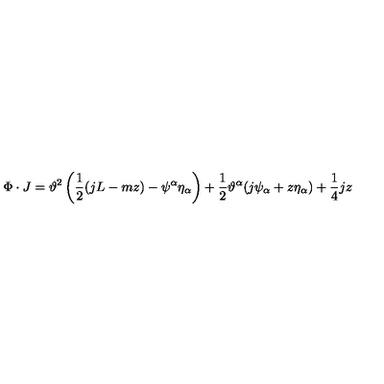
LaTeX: \Phi \cdot J = \vartheta ^ { 2 } \left( \frac { 1 } { 2 } ( j L - m z ) - \psi ^ { \alpha } \eta _ { \alpha } \right) + \frac { 1 } { 2 } \vartheta ^ { \alpha } ( j \psi _ { \alpha } + z \eta _ { \alpha } ) + \frac { 1 } { 4 } j z